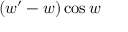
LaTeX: \ ( w ^ { \prime } - w ) \cos w